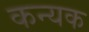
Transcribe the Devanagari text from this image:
कन्यक